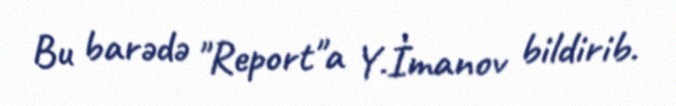
Bu barədə "Report"a Y.İmanov bildirib.